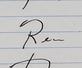
Signature authenticity: forged